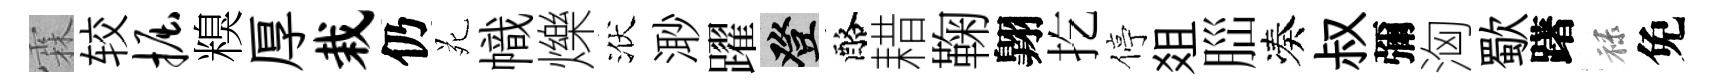
霖较掘糗厚栽仍苑幟爍洑𣺌躍登酪耤鞠翺扢停爼𦛁凑叔彌洶歜躇禄免